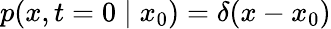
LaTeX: p(x,t={0}\mid x_{0})=\delta(x-x_{0})